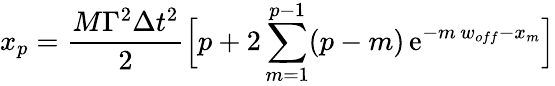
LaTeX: x_{p}={\frac{M\Gamma^{2}\Delta t^{2}}{2}}\Big[p+2\sum_{m=1}^{p-1}(p-m)\, \mathrm{e}^{-m\, w_{off}-x_{m}}\Big]